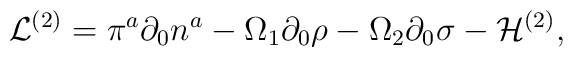
{\cal L}^{(2)} = \pi^{a}\partial_0{n}^{a}-\Omega_{1}\partial_0{\rho}-\Omega_{2}\partial_0 {\sigma}-{\cal H}^{(2)},